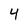
Character: 4